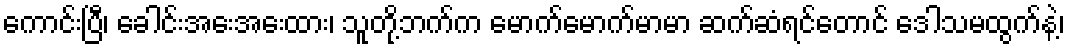
ကောင်းပြီ၊ ခေါင်းအေးအေးထား၊ သူတို့ဘက်က မောက်မောက်မာမာ ဆက်ဆံရင်တောင် ဒေါသမထွက်နဲ့၊